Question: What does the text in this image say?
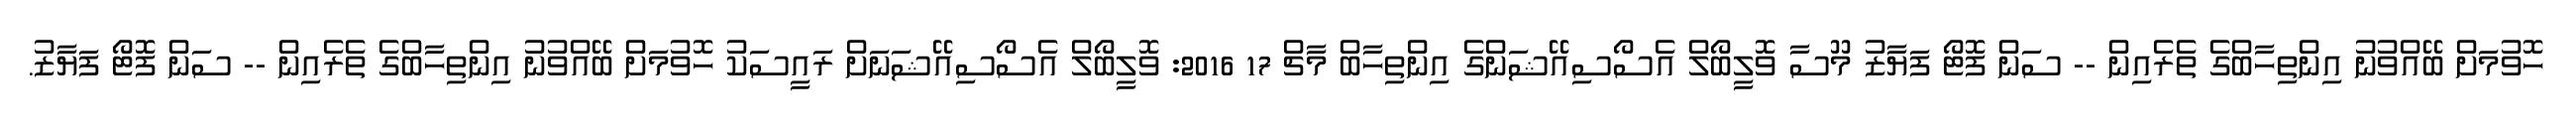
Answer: ހޮވުމަށް ބޭއްވުނު އިންތިހާބްގެ ތެރެއިން -- ސަން ފޮޓޯ ފަޔާޒު މޫސާ ވޮލީބޯލް އެސޯސިއޭޝަންގެ އިންތިހާބް މާޗް 17 2016: ވޮލީބޯލް އެސޯސިއޭޝަނަށް ރައީސަކު ހޮވުމަށް ބޭއްވުނު އިންތިހާބްގެ ތެރެއިން -- ސަން ފޮޓޯ ފަޔާޒު.